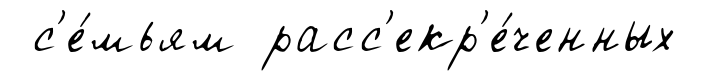
с'е́мьям расс'екр'е́ченных